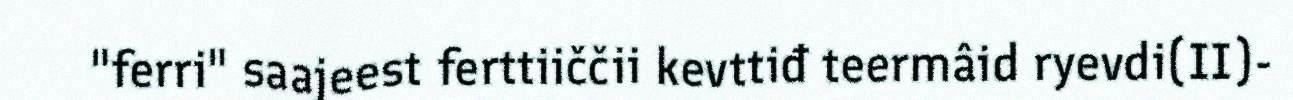
"ferri" saajeest ferttiiččii kevttiđ teermâid ryevdi(II)-